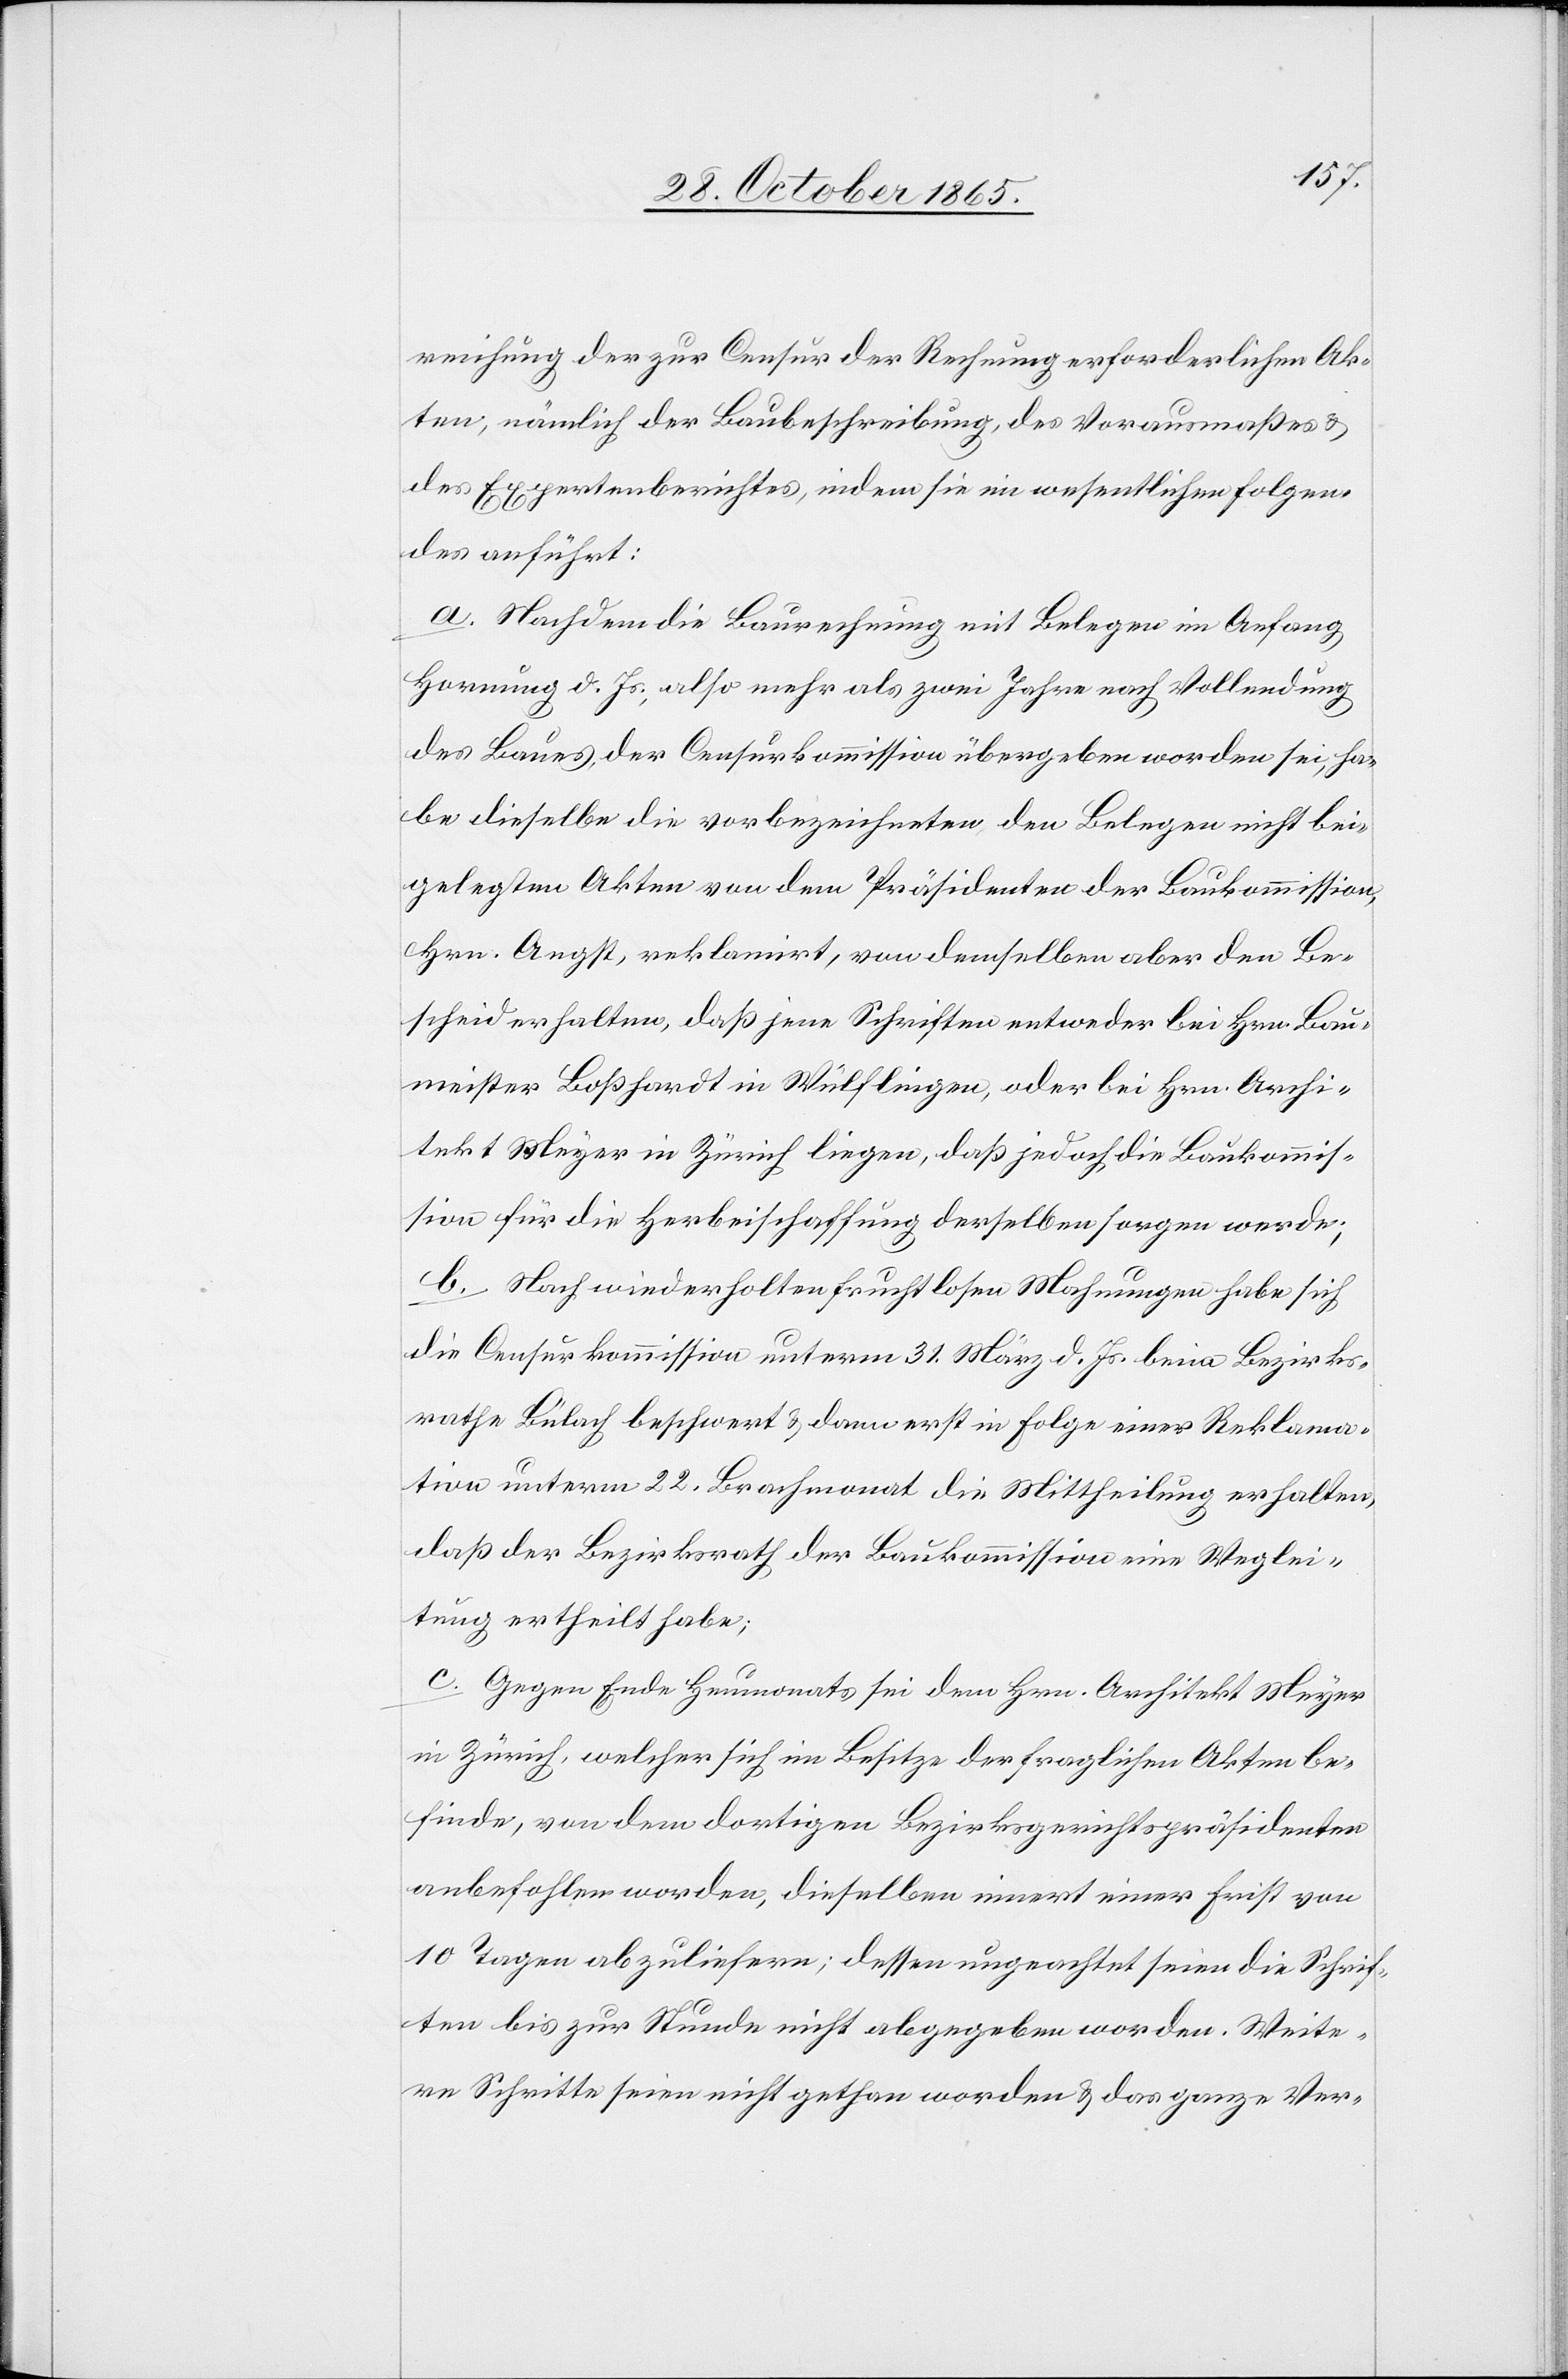
reichung der zur Censur der Rechnung erforderlichen Ak¬
ten, nämlich der Baubeschreibung, des Vorausmaßes &
des Expertenberichtes, indem sie im wesentlichen Folgen¬
des anführt:
a. Nachdem die Baurechnung mit Belegen im Anfang
Hornung d. Js., also mehr als zwei Jahre nach Vollendung
des Baues, der Censurkommission übergeben worden sei, ha¬
be dieselbe die vorbezeichneten den Belegen nicht bei¬
gelegten Akten von dem Präsidenten der Baukommission,
Hrn. Angst, reklamirt, von demselben aber den Be¬
scheid erhalten, daß jene Schriften entweder bei Hrn. Bau¬
meister Boßhardt in Wülflingen, oder bei Hrn. Archi¬
tekt Meyer in Zürich liegen, daß jedoch die Baukommis¬
sion für die Herbeischaffung derselben sorgen werde;
b. Nach wiederholten fruchtlosen Mahnungen habe sich
die Censurkommission unterm 31. März d. Js. beim Bezirks¬
rathe Bülach beschwert & dann erst in Folge einer Reklama¬
tion unterm 22. Brachmonat die Mittheilung erhalten,
daß der Bezirksrath der Baukommission eine Weglei¬
tung ertheilt habe;
c. Gegen Ende Heumonats sei dem Hrn. Architekt Meyer
in Zürich, welcher sich im Besitze der fraglichen Akten be¬
finde, von dem dortigen Bezirksgerichtspräsidenten
anbefohlen worden, dieselben innert einer Frist von
10 Tagen abzuliefern; dessen ungeachtet seien die Schrif¬
ten bis zur Stunde nicht abgegeben worden. Weite¬
re Schritte seien nicht gethan worden & das ganze Ver-